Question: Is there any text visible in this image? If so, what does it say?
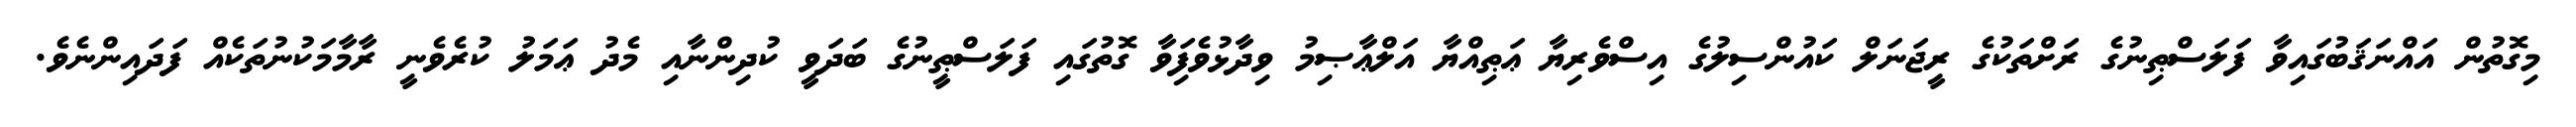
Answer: މިގޮތުން އައްނަޤަބުގައިވާ ފަލަސްޠިނުގެ ރަށްތަކުގެ ރީޖަނަލް ކައުންސިލުގެ އިސްވެރިޔާ ޢަޠިއްޔާ އަލްޢާޞިމު ވިދާޅުވެފަިވާ ގޮތުގައި ފަލަސްޠީނުގެ ބަދަވީ ކުދިންނާއި މެދު ޢަމަލު ކުރެވެނީ ރާމާމަކުނުތަކެއް ފަދައިންނެވެ.